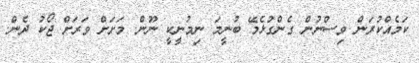
ކަމެއްކުރަން ވިސްނުން ގެންގުޅެމޭ ބުނީމަ ނިމުނީކީ ނޫން. މަށަށް ވަރަށް ޖޯކު ދެން.